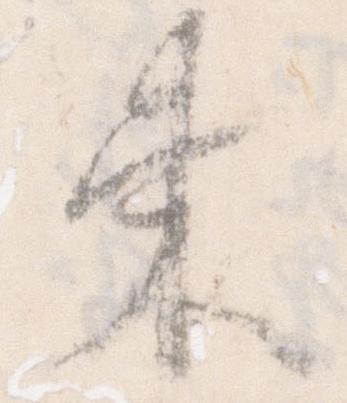
束